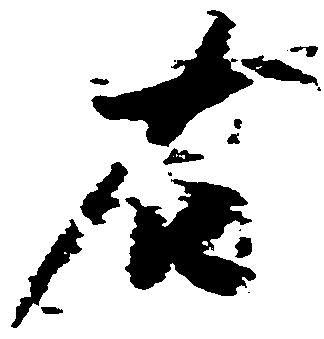
右